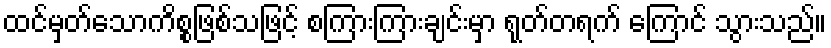
ထင်မှတ်သောကိစ္စဖြစ်သဖြင့် စကြားကြားချင်းမှာ ရုတ်တရက် ကြောင် သွားသည်။